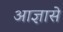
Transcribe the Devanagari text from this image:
आज्ञासे